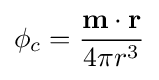
\phi _{c}={\frac {{\textbf {m}}\cdot {\textbf {r}}}{4\pi r^{3}}}